Vaccination North-Western Provinces 1866-1877 - 1866-1877
Year: 1866
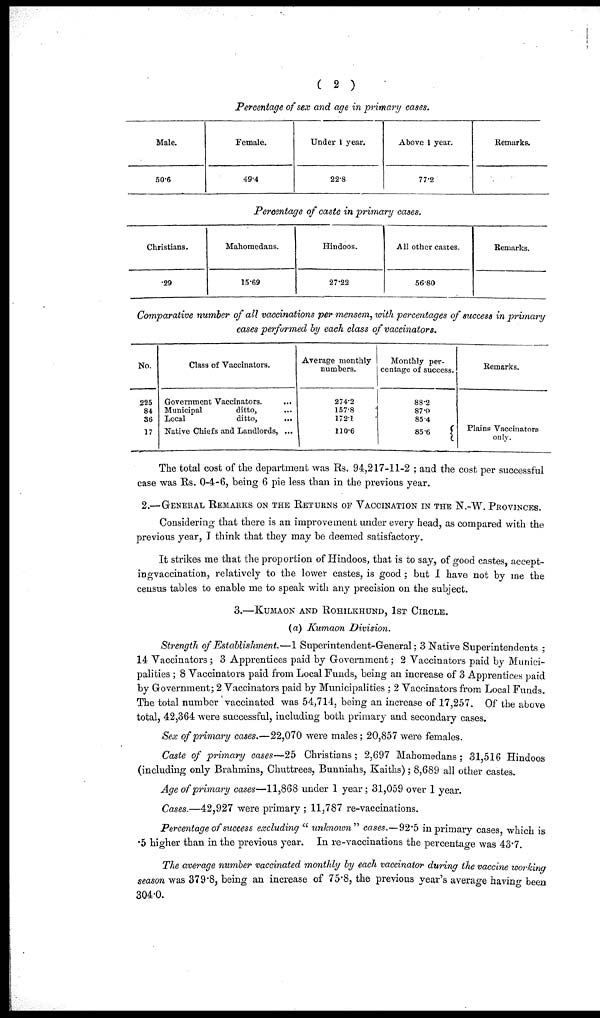
( 2 )
Percentage of sex and age in primary cases.
Male.
50.6
Female.
49.4
Under 1 year.
22.8
Above 1 year.
77.2
Remarks.
Percentage of caste in primary cases.
Christians.
.29
Mahomedans.
15.69
Hindoos.
27.22
All other castes.
56.80
Remarks.
Comparative number of all vaccinations per mensem, with percentages of success in primary
cases performed by each class of vaccinators.
No.
225
84
36
17
Class of Vaccinators.
Government Vaccinators. ...
Municipal
ditto, ...
Local
ditto, ...
Native Chiefs and Landlords, ...
Average monthly
numbers.
274.2
157.8
172.1
110.6
Monthly per-
centage of success.
88.2
87.0
85.4
85.6
Remarks.
Plains Vaccinators
only.
The total cost of the department was Rs. 94,217-11-2 ; and the cost per successful
case was Rs. 0-4-6, being 6 pie less than in the previous year.
2.—GENERAL REMARKS ON THE RETURNS OF VACCINATION IN THE N.-W. PROVINCES.
Considering that there is an improvement under every head, as compared with the
previous year, I think that they may be deemed satisfactory.
It strikes me that the proportion of Hindoos, that is to say, of good castes, accept¬
ing vaccination, relatively to the lower castes, is good ; but I have not by me the
census tables to enable me to speak with any precision on the subject.
3.—KUMAON AND ROHILKHUND, 1ST CIRCLE.
(a) Kumaon Division.
Strength of Establishment.—1 Superintendent-General; 3 Native Superintendents ;
14 Vaccinators ; 3 Apprentices paid by Government; 2 Vaccinators paid by Munici-
palities ; 8 Vaccinators paid from Local Funds, being an increase of 3 Apprentices paid
by Government; 2 Vaccinators paid by Municipalities ; 2 Vaccinators from Local Funds.
The total number vaccinated was 54,714, being an increase of 17,257. Of the above
total, 42,364 were successful, including both primary and secondary cases.
Sex of primary cases.—22,070 were males ; 20,857 were females.
Caste of primary cases—25 Christians; 2,697 Mahomedans; 31,516 Hindoos
(including only Brahmins, Chuttrees, Bunniahs, Kaiths); 8,689 all other castes.
Age of primary cases—11,868 under 1 year; 31,059 over 1 year.
Cases.—42,927 were primary ; 11,787 re-vaccinations.
Percentage of success excluding "unknown'' cases.— 92.5 in primary cases, which is
.5 higher than in the previous year. In re-vaccinations the percentage was 43.7.
The average number vaccinated monthly by each vaccinator during the vaccine working
season was 379.8, being an increase of 75.8, the previous year's average having been
304.0.